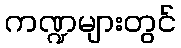
ကဏ္ဍများတွင်